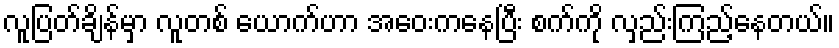
လူပြတ်ချိန်မှာ လူတစ် ယောက်ဟာ အဝေးကနေပြီး စက်ကို လှည်းကြည့်နေတယ်။